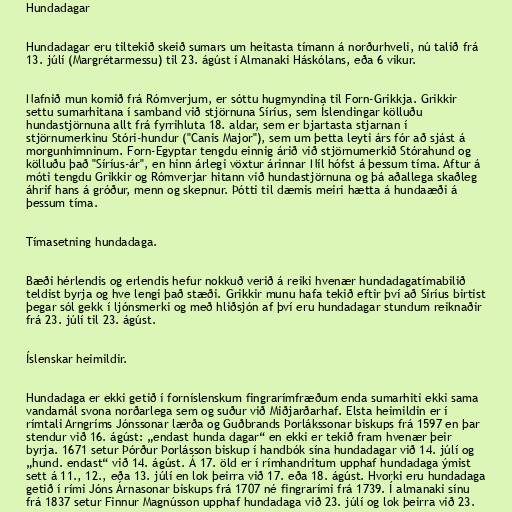
Hundadagar

Hundadagar eru tiltekið skeið sumars um heitasta tímann á norðurhveli, nú talið frá
13. júlí (Margrétarmessu) til 23. ágúst í Almanaki Háskólans, eða 6 vikur.

Nafnið mun komið frá Rómverjum, er sóttu hugmyndina til Forn-Grikkja. Grikkir
settu sumarhitana í samband við stjörnuna Síríus, sem Íslendingar kölluðu
hundastjörnuna allt frá fyrrihluta 18. aldar, sem er bjartasta stjarnan í
stjörnumerkinu Stóri-hundur ("Canis Major"), sem um þetta leyti árs fór að sjást á
morgunhimninum. Forn-Egyptar tengdu einnig árið við stjörnumerkið Stórahund og
kölluðu það "Síríus-ár", en hinn árlegi vöxtur árinnar Níl hófst á þessum tíma. Aftur á
móti tengdu Grikkir og Rómverjar hitann við hundastjörnuna og þá aðallega skaðleg
áhrif hans á gróður, menn og skepnur. Þótti til dæmis meiri hætta á hundaæði á
þessum tíma.

Tímasetning hundadaga.

Bæði hérlendis og erlendis hefur nokkuð verið á reiki hvenær hundadagatímabilið
teldist byrja og hve lengi það stæði. Grikkir munu hafa tekið eftir því að Síríus birtist
þegar sól gekk í ljónsmerki og með hliðsjón af því eru hundadagar stundum reiknaðir
frá 23. júlí til 23. ágúst.

Íslenskar heimildir.

Hundadaga er ekki getið í forníslenskum fingrarímfræðum enda sumarhiti ekki sama
vandamál svona norðarlega sem og suður við Miðjarðarhaf. Elsta heimildin er í
rímtali Arngríms Jónssonar lærða og Guðbrands Þorlákssonar biskups frá 1597 en þar
stendur við 16. ágúst: „endast hunda dagar“ en ekki er tekið fram hvenær þeir
byrja. 1671 setur Þórður Þorlásson biskup í handbók sína hundadagar við 14. júlí og
„hund. endast“ við 14. ágúst. Á 17. öld er í rímhandritum upphaf hundadaga ýmist
sett á 11., 12., eða 13. júlí en lok þeirra við 17. eða 18. ágúst. Hvorki eru hundadaga
getið í rími Jóns Árnasonar biskups frá 1707 né fingrarími frá 1739. Í almanaki sínu
frá 1837 setur Finnur Magnússon upphaf hundadaga við 23. júlí og lok þeirra við 23.